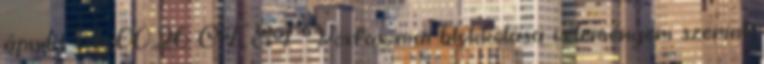
április 14., 00:26 CEST Voxfax mai blokkolása véleményem szerint